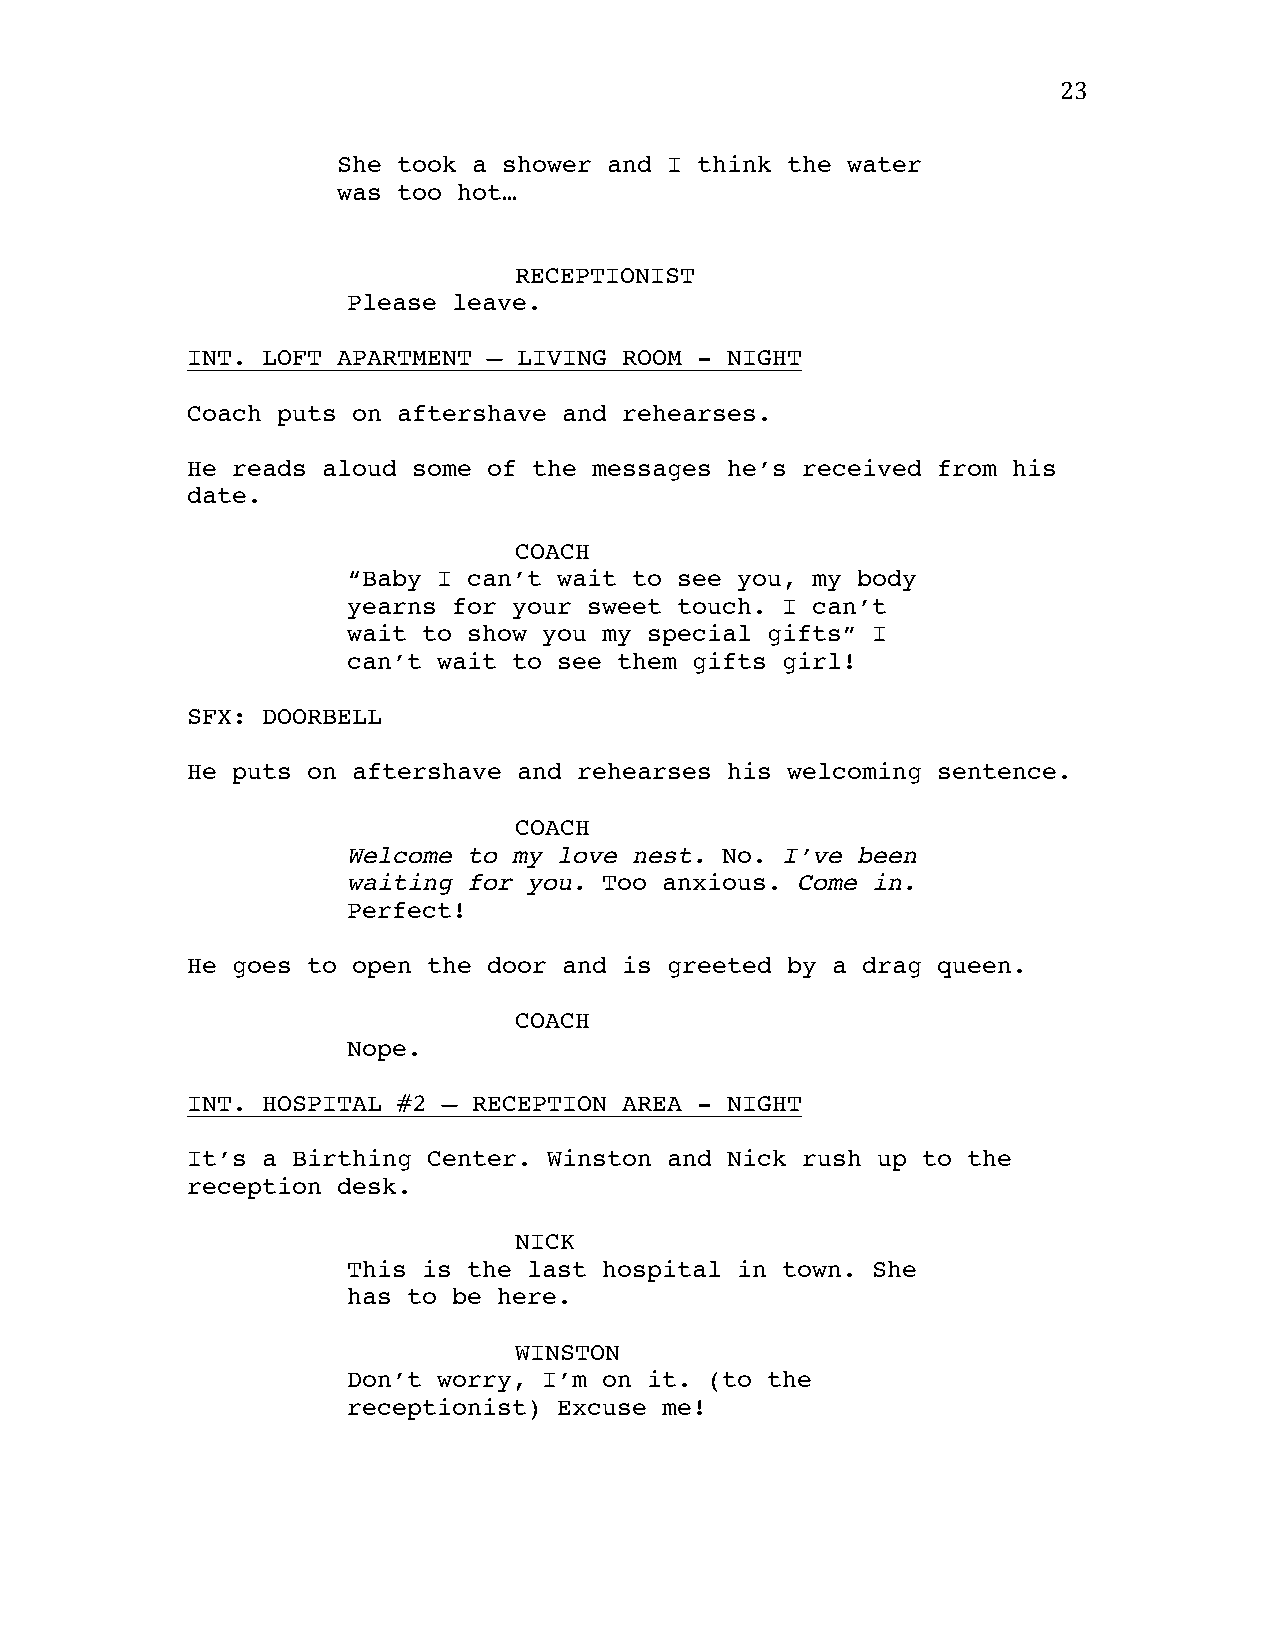
23
 She took a shower and I think the water
 was too hot…
 RECEPTIONIST
 Please leave.
 INT. LOFT APARTMENT – LIVING ROOM - NIGHT
 Coach puts on aftershave and rehearses.
 He reads aloud some of the messages he’s received from his
 date.
 COACH
 “Baby I can’t wait to see you, my body
 yearns for your sweet touch. I can’t
 wait to show you my special gifts” I
 can’t wait to see them gifts girl!
 SFX: DOORBELL
 He puts on aftershave and rehearses his welcoming sentence.
 COACH
 Welcome to my love nest. No. I’ve been
 waiting for you. Too anxious. Come in.
 Perfect!
 He goes to open the door and is greeted by a drag queen.
 COACH
 Nope.
 INT. HOSPITAL #2 – RECEPTION AREA - NIGHT
 It’s a Birthing Center. Winston and Nick rush up to the
 reception desk.
 NICK
 This is the last hospital in town. She
 has to be here.
 WINSTON
 Don’t worry, I’m on it. (to the
 receptionist) Excuse me!